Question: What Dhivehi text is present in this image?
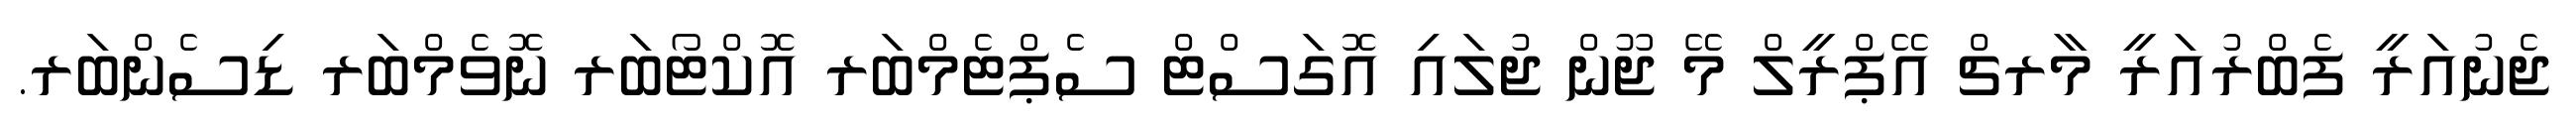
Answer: ޖެނުއަރީ ފެބްރުއަރީ މާރޗް އޭޕްރީލް މޭ ޖޫން ޖުލައި އޮގަސްޓް ސެޕްޓެމްބަރ އޮކްޓޯބަރ ނޮވެމްބަރ ޑިސެންބަރ.